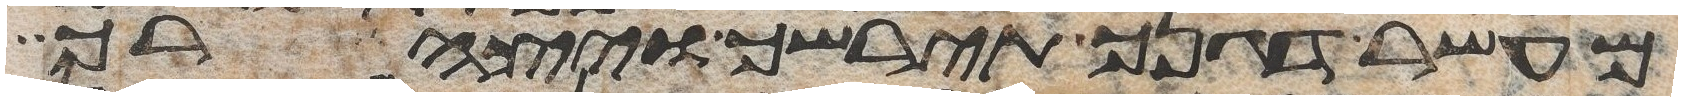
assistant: מעשר דגנך תירשך ויצהרך